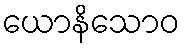
ယောနိသောဝ